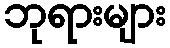
ဘုရားများ